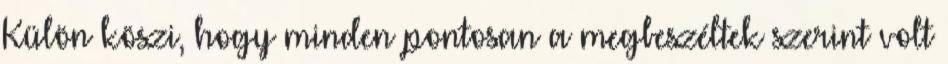
Külön köszi, hogy minden pontosan a megbeszéltek szerint volt